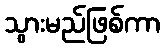
သွားမည်ဖြစ်ကာ